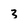
Character: 3